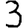
Digit: 3